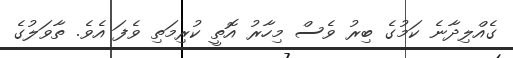
ގެއްލިދާނެ ކަމުގެ ބިރު ވެސް މިހާރު އޮތީ ކުރިމަތި ވެފަ އެވެ. ތާވަލުގެ